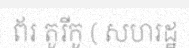
ព័រ តូរីកូ ( សហរដ្ឋ